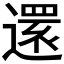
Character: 𮟃